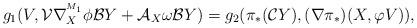
LaTeX: \begin{align*}g_{1}(V,\mathcal{V}\nabla^{^{M_1}}_{X}\phi \mathcal{B}Y+\mathcal{A}_{X}\omega\mathcal{B}Y)&=g_{2}(\pi_*(\mathcal{C}Y),(\nabla \pi_*)(X,\varphi V)),\end{align*}